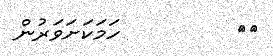
١٨         ހަމަކަށަވަރުން